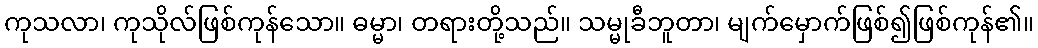
ကုသလာ၊ ကုသိုလ်ဖြစ်ကုန်သော။ ဓမ္မာ၊ တရားတို့သည်။ သမ္မုခီဘူတာ၊ မျက်မှောက်ဖြစ်၍ဖြစ်ကုန်၏။